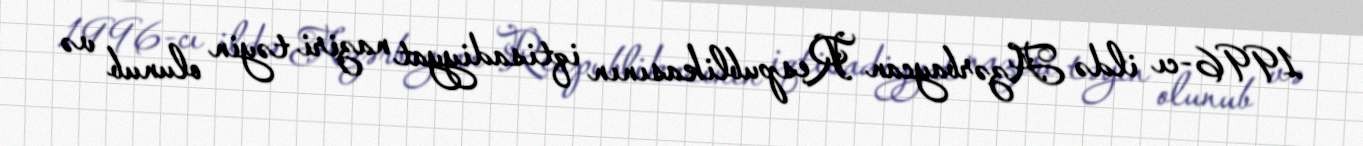
1996-cı ildə Azərbaycan Respublikasının iqtisadiyyat naziri təyin olunub və